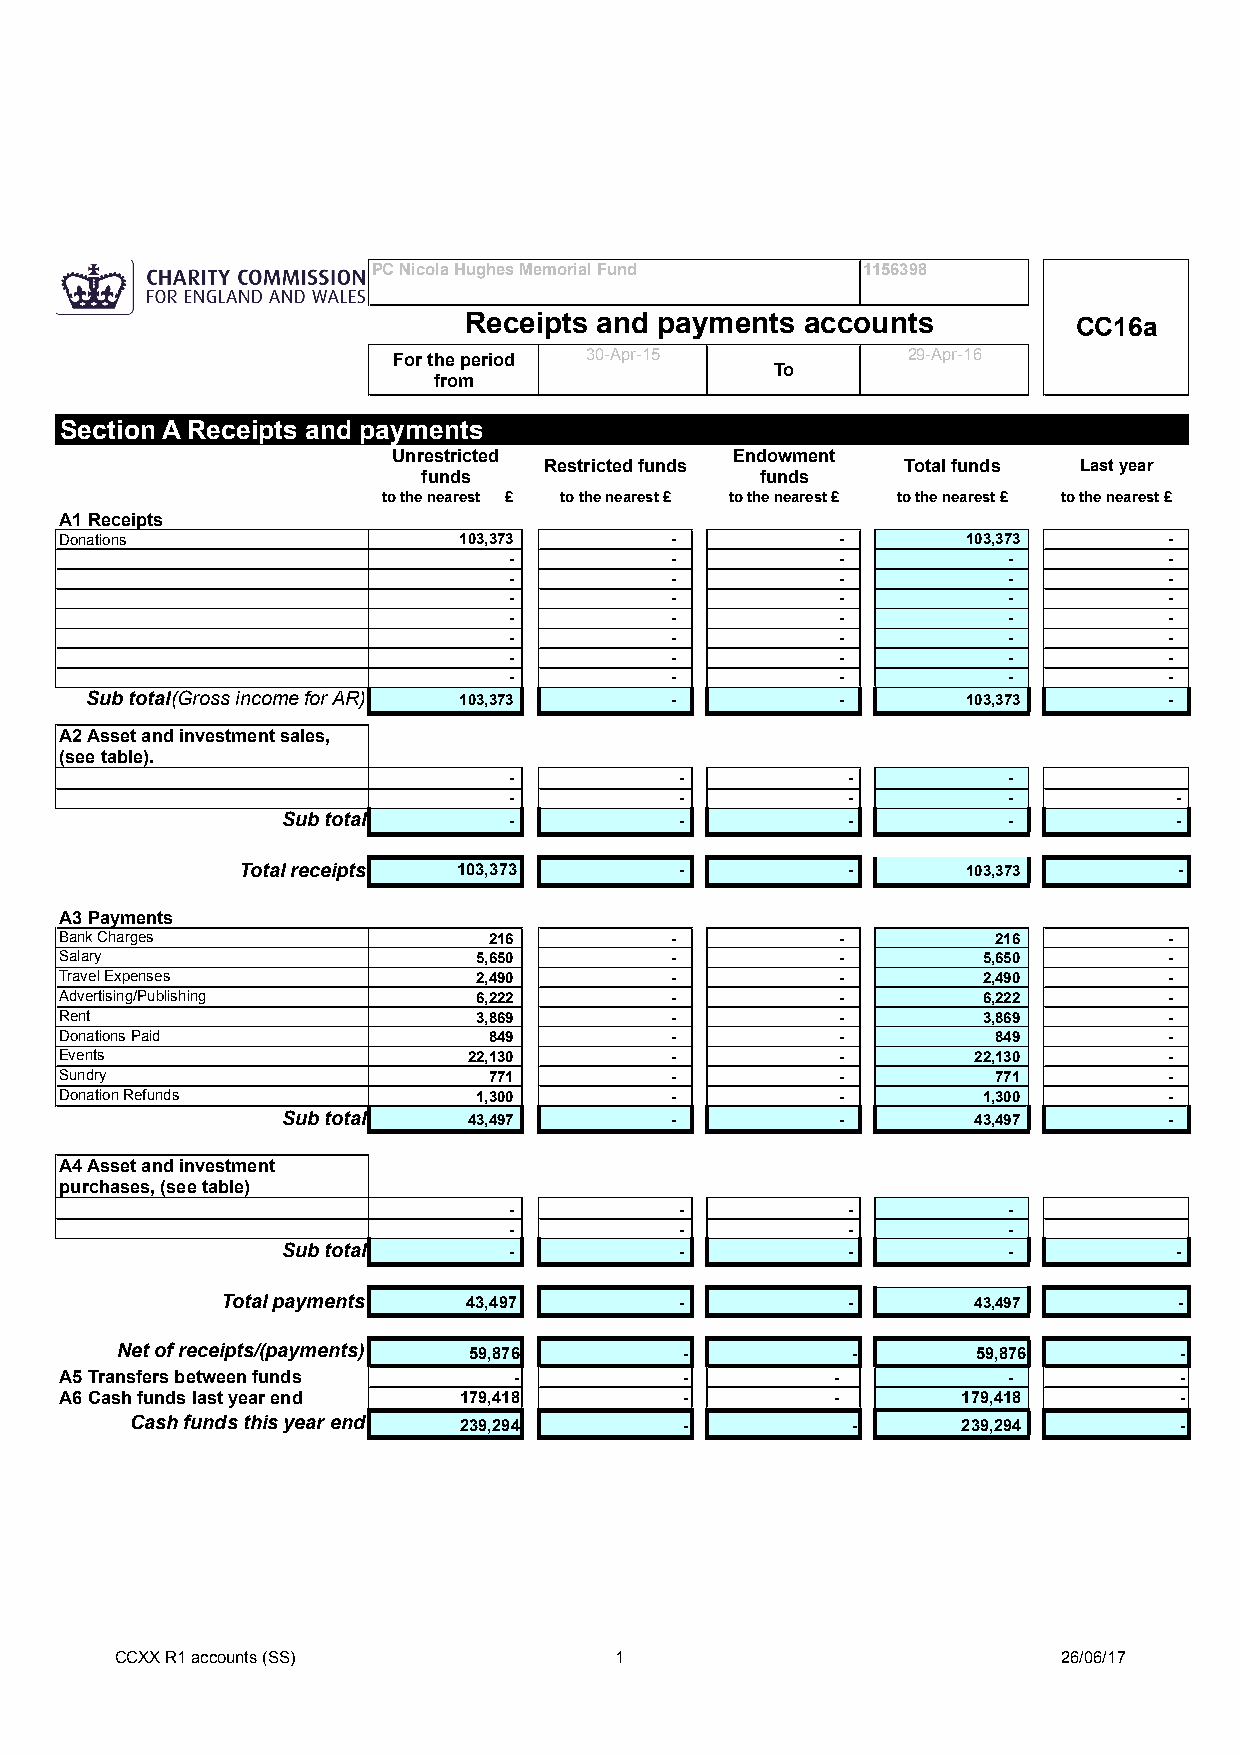
PC Nicola Hughes Memorial Fund  1156398
 Receipts and payments accounts          CC16a
 For the period 30-Apr-15          29-Apr-16
 To
 from
 Section A Receipts and payments
 Unrestricted          Endowment
 Restricted funds        Total funds Last year
 funds                 funds
 to the nearest £ to the nearest £ to the nearest £ to the nearest £ to the nearest £
 A1 Receipts
 Donations                 103,373       -           -       103,373      -
 -         -           -          -         -
 -         -           -          -         -
 -         -           -          -         -
 -         -           -          -         -
 -         -           -          -         -
 -         -           -          -         -
 -         -           -          -         -
 Sub total(Gross income for AR) 103,373 -          -       103,373      -
 A2 Asset and investment sales,
 (see table).
 -          -          -          -
 -          -          -          -          -
 Sub total      -          -          -          -          -
 Total receipts 103,373       -          -       103,373       -
 A3 Payments
 Bank Charges                216         -           -         216        -
 Salary                      5,650       -           -        5,650       -
 Travel Expenses             2,490       -           -        2,490       -
 Advertising/Publishing      6,222       -           -        6,222       -
 Rent                        3,869       -           -        3,869       -
 Donations Paid              849         -           -         849        -
 Events                     22,130       -           -       22,130       -
 Sundry                      771         -           -         771        -
 Donation Refunds            1,300       -           -        1,300       -
 Sub total   43,497       -           -       43,497       -
 A4 Asset and investment
 purchases, (see table)
 -          -          -          -
 -          -          -          -
 Sub total      -          -          -          -          -
 Total payments  43,497        -          -       43,497        -
 Net of receipts/(payments) 59,876    -          -        59,876       -
 A5 Transfers between funds    -          -         -           -          -
 A6 Cash funds last year end 179,418      -         -        179,418       -
 Cash funds this year end 239,294    -          -       239,294       -
 CCXX R1 accounts (SS)            1                            26/06/17